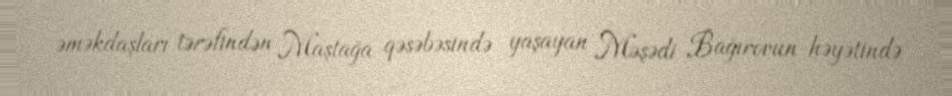
əməkdaşları tərəfindən Maştağa qəsəbəsində yaşayan Məşədi Bağırovun həyətində